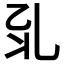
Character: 𠃡